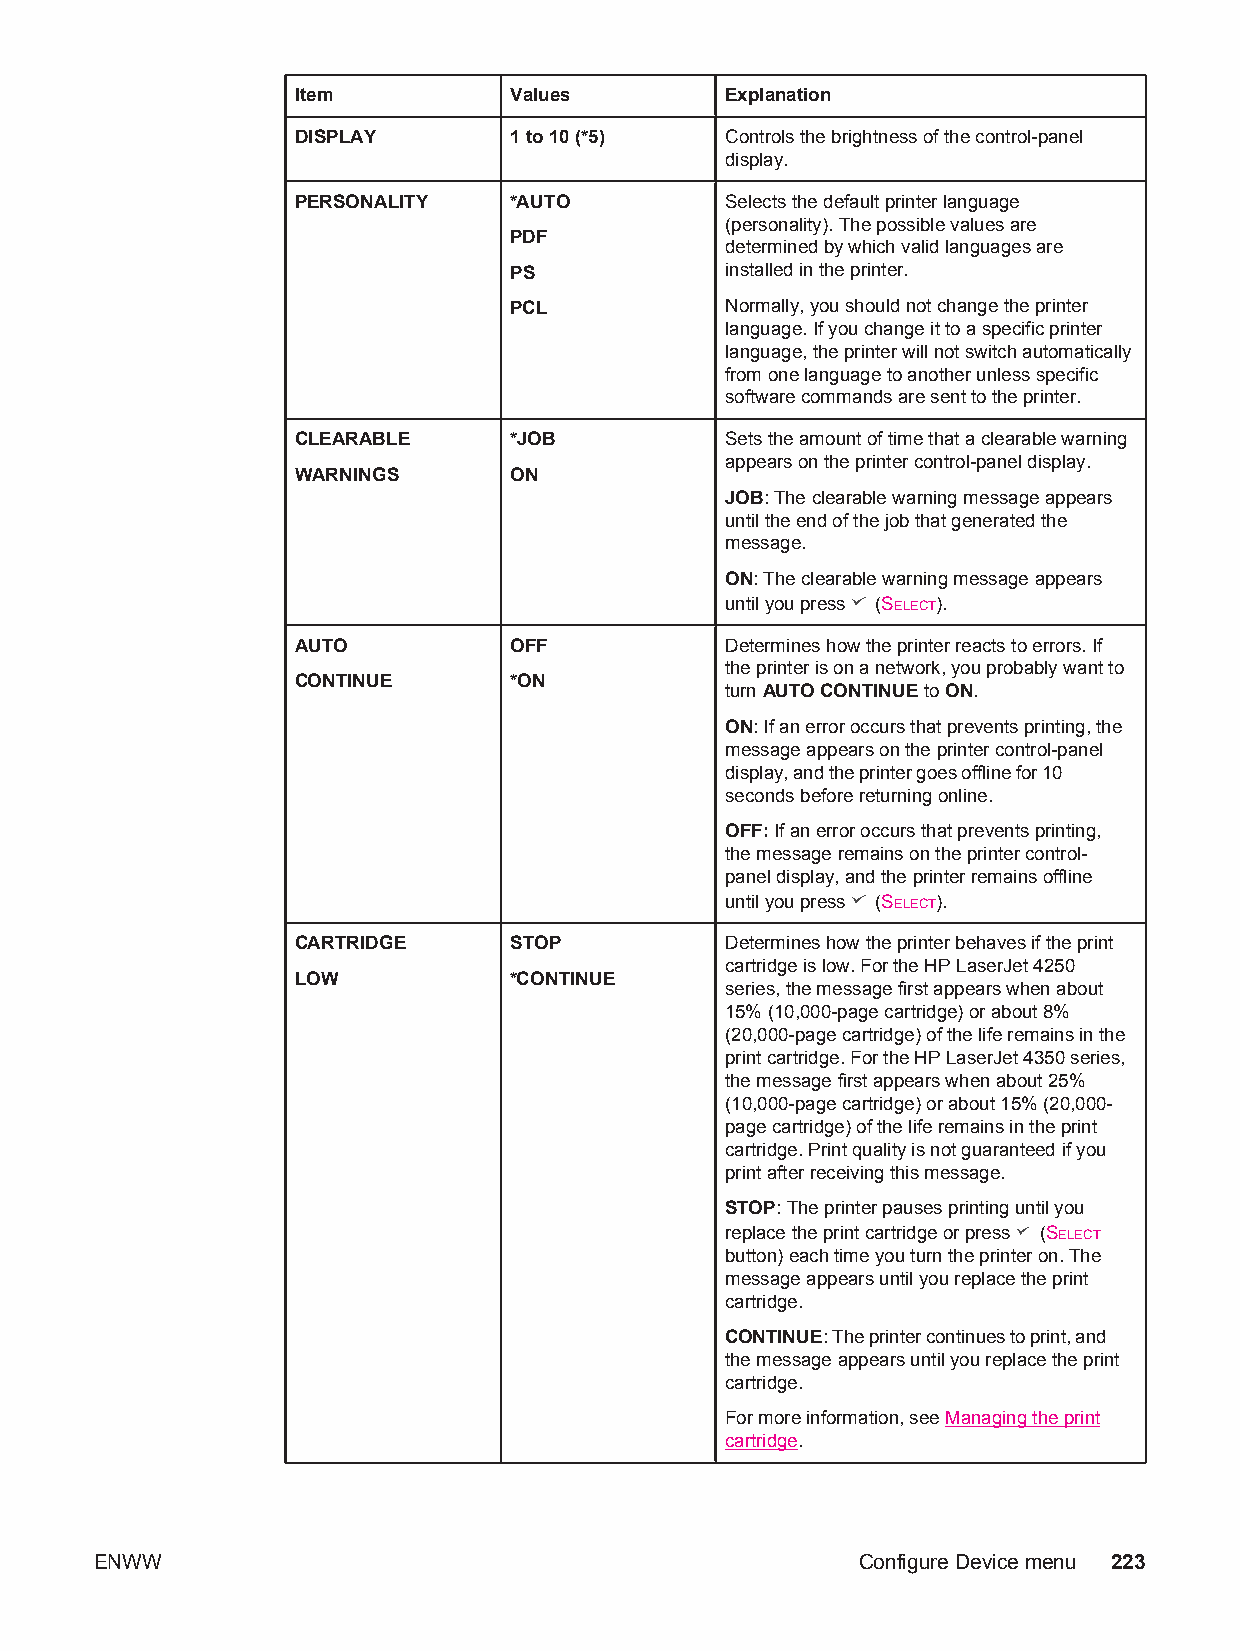
Item          Values        Explanation
 DISPLAY       1 to 10 (*5)  Controls the brightness of the control-panel
 display.
 PERSONALITY   *AUTO         Selects the default printer language
 (personality). The possible values are
 PDF
 determined by which valid languages are
 PS            installed in the printer.
 PCL           Normally, you should not change the printer
 language. If you change it to a specific printer
 language, the printer will not switch automatically
 from one language to another unless specific
 software commands are sent to the printer.
 CLEARABLE     *JOB          Sets the amount of time that a clearable warning
 appears on the printer control-panel display.
 WARNINGS      ON
 JOB: The clearable warning message appears
 until the end of the job that generated the
 message.
 ON: The clearable warning message appears
 until you press (SELECT).
 AUTO          OFF           Determines how the printer reacts to errors. If
 the printer is on a network, you probably want to
 CONTINUE      *ON
 turn AUTO CONTINUE to ON.
 ON: If an error occurs that prevents printing, the
 message appears on the printer control-panel
 display, and the printer goes offline for 10
 seconds before returning online.
 OFF: If an error occurs that prevents printing,
 the message remains on the printer control-
 panel display, and the printer remains offline
 until you press (SELECT).
 CARTRIDGE     STOP          Determines how the printer behaves if the print
 cartridge is low. For the HP LaserJet 4250
 LOW           *CONTINUE
 series, the message first appears when about
 15% (10,000-page cartridge) or about 8%
 (20,000-page cartridge) of the life remains in the
 print cartridge. For the HP LaserJet 4350 series,
 the message first appears when about 25%
 (10,000-page cartridge) or about 15% (20,000-
 page cartridge) of the life remains in the print
 cartridge. Print quality is not guaranteed if you
 print after receiving this message.
 STOP: The printer pauses printing until you
 replace the print cartridge or press (SELECT
 button) each time you turn the printer on. The
 message appears until you replace the print
 cartridge.
 CONTINUE: The printer continues to print, and
 the message appears until you replace the print
 cartridge.
 For more information, see Managing the print
 cartridge.
 ENWW                                               Configure Device menu 223